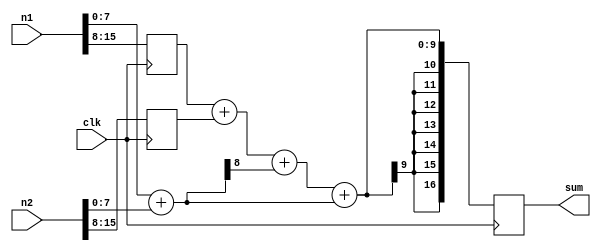
//Lab6 | Section B | Pipelined split sum adder
`timescale 1ns/1ns
module adder_b(clk, n1, n2, sum);

input clk;
input signed [15:0] n1, n2;
output reg signed [16:0] sum;

reg signed [8:0] sum_LSB_1;
reg signed [15:8] n1_reg1, n2_reg1;

wire signed [8:0] sum_LSB;
wire signed [16:8] sum_MSB;
wire signed [16:0] sum_next;

assign sum_LSB = n1[7:0] + n2[7:0]; //Add least 8 sig bits.

always @ (posedge clk) begin
	sum_LSB_1 = sum_LSB;
	n1_reg1 <= n1[15:8];
	n2_reg1 <= n2[15:8];
end

assign sum_MSB = n1_reg1 + n2_reg1 + sum_LSB[8];
assign sum_next = sum_MSB + sum_LSB;

always @ (posedge clk) begin
	sum <= sum_next;
end
endmodule